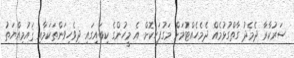
ސަރުކާރާ ދެމެދު ގާތްގުޅުމެއް ދެމެހެއްޓުމަށް މަގުފަހިކޮށް އެ މީހުންގެ ކިބައިގައި ދިވެހިވަންތަކަމާއި ޤައުމިއްޔަތު